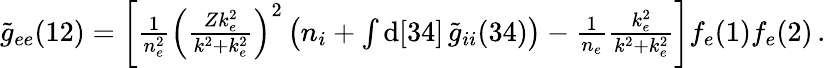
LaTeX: \begin{array}{r}{\widetilde{g}_{ee}(12)=\left[\frac{1}{n_{e}^{2}}\left(\frac{Zk_{e}^{2}}{k^{2}+k_{e}^{2}}\right)^{2}\left(n_{i}+\int\mathrm{d}[34]\, \widetilde{g}_{ii}(34)\right)-\frac{1}{n_{e}}\frac{k_{e}^{2}}{k^{2}+k_{e}^{2}}\right]f_{e}(1)f_{e}(2)\, .}\end{array}